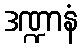
ဒဏ္ဍာနံ